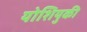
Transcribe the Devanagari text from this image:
योशियुकी